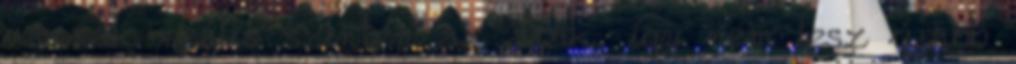
vannak reális szinten az árak, így nem lesz újabb